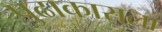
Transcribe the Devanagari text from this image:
पुढाकाराला